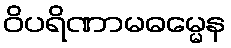
ဝိပရိဏာမဓမ္မေန